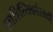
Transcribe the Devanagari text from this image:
साहित्यिकांसाठी